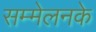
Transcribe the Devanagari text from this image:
सम्मेलनके